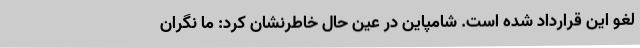
لغو این قرارداد شده است. شامپاین در عین حال خاطرنشان کرد: ما نگران